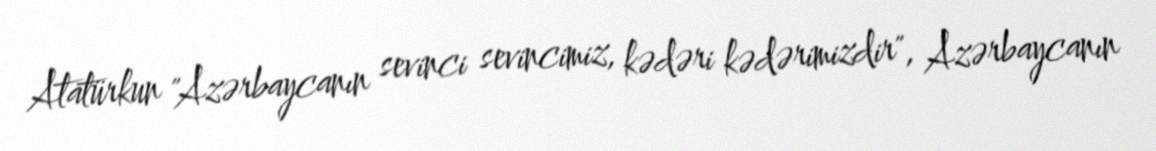
Atatürkun "Azərbaycanın sevinci sevincimiz, kədəri kədərimizdir", Azərbaycanın